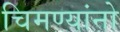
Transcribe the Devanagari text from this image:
चिमण्यांनो